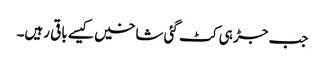
جب جڑ ہی کٹ گئی شاخیں کیسے باقی رہیں۔